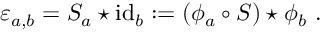
\varepsilon _ { a , b } = S _ { a } \star \mathrm { i d } _ { b } : = ( \phi _ { a } \circ S ) \star \phi _ { b } ~ .